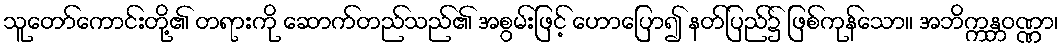
သူတော်ကောင်းတို့၏ တရားကို ဆောက်တည်သည်၏ အစွမ်းဖြင့် ဟောပြော၍ နတ်ပြည်၌ ဖြစ်ကုန်သော။ အဘိက္ကန္တဝဏ္ဏာ၊